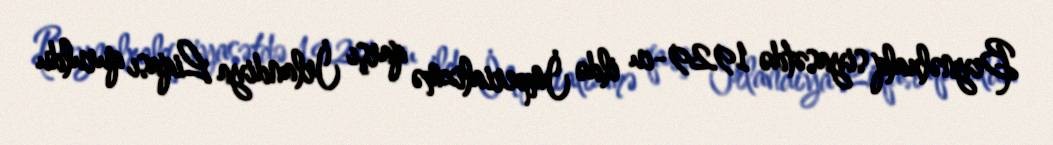
Beynəlxalq siyasətdə 1929-cu ildə İmperializmə qarşı İrlandiya Liqası quruldu